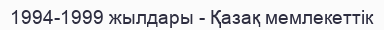
1994-1999 жылдары - Қазақ мемлекеттік